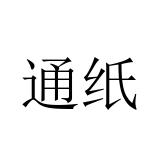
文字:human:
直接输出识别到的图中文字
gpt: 通纸